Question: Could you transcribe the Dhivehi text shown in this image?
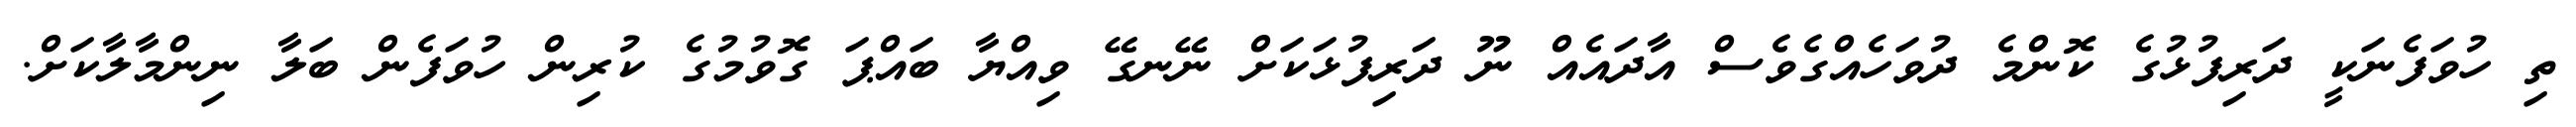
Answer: ތި ހުވަފެނަކީ ދަރިފުޅުގެ ކޮންމެ ދުވަހެއްގެވެސް އާދައެއް ނޫ ދަރިފުޅަކަށް ނޭނގޭ ވިއްޔާ ބައްޕަ ގޮވުމުގެ ކުރިން ހުވަފެން ބަލާ ނިންމާލާކަށް.